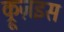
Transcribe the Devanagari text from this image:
क्रूज़इस